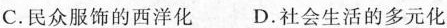
C.民众服饰的西洋化 D.社会生活的多元化